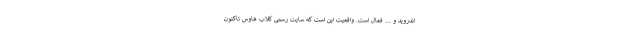
اندروید و ... فعال است. واقعیت این است که سایت رسمی کلاب هاوس تاکنون